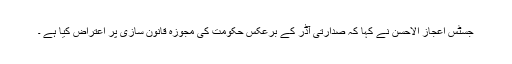
جسٹس اعجاز الاحسن نے کہا کہ صدارتی آڈر کے برعکس حکومت کی مجوزہ قانون سازی پر اعتراض کیا ہے ۔